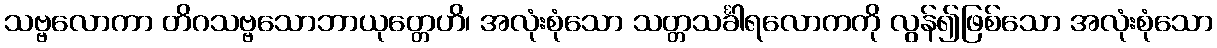
သဗ္ဗလောကာ တိဂသဗ္ဗသောဘာယုတ္တေဟိ၊ အလုံးစုံသော သတ္တသင်္ခါရလောကကို လွန်၍ဖြစ်သော အလုံးစုံသော